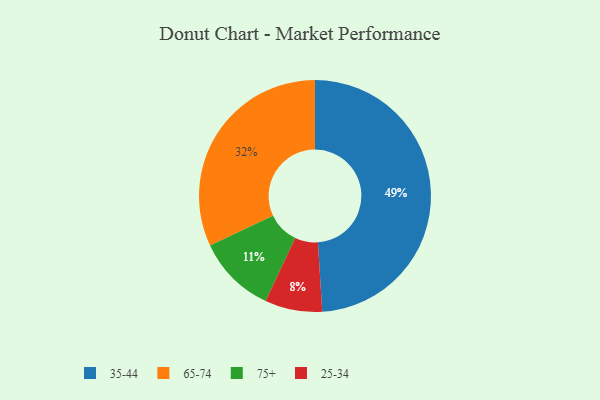
{"axis": {"x": "Category", "y": "Percentage"}, "legend": ["25-34", "35-44", "65-74", "75+"], "data": [{"x": "25-34", "y": 8, "type": "25-34"}, {"x": "75+", "y": 11, "type": "75+"}, {"x": "35-44", "y": 49, "type": "35-44"}, {"x": "65-74", "y": 32, "type": "65-74"}]}